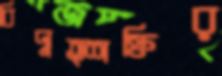
বিদ্যুত্শক্তির